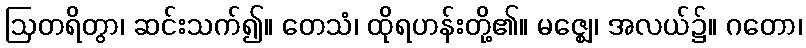
ဩတရိတွာ၊ ဆင်းသက်၍။ တေသံ၊ ထိုရဟန်းတို့၏။ မဇ္ဈေ၊ အလယ်၌။ ဂတော၊